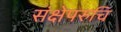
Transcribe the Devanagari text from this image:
संक्षेपरुचि